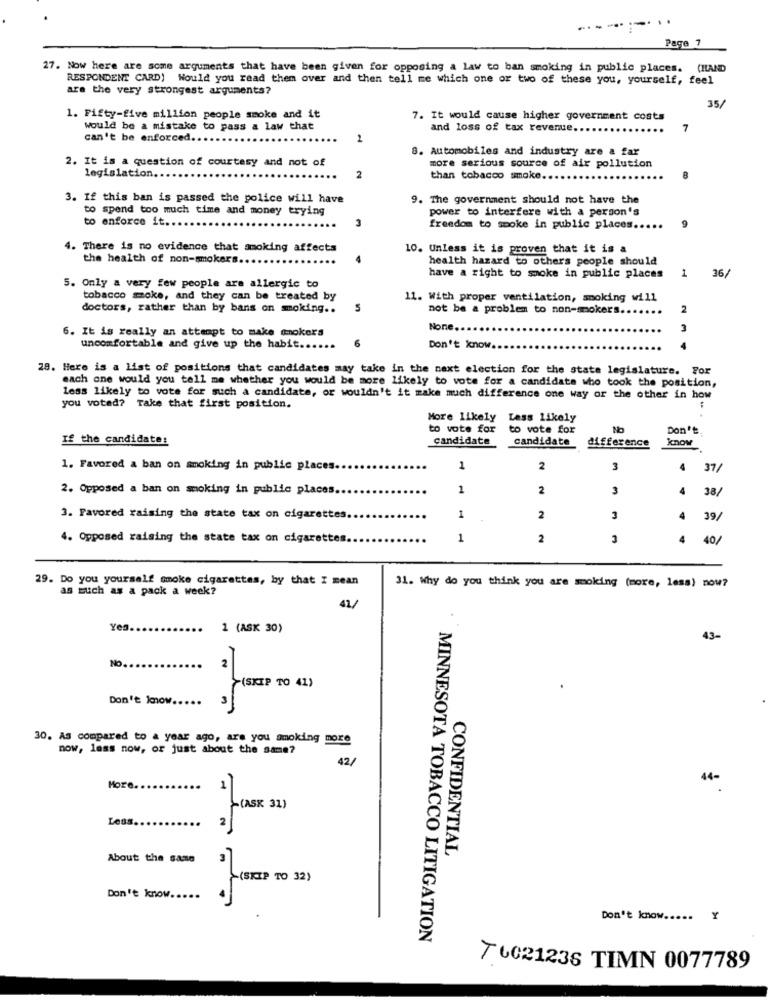
Page 7
27. Now here are some arguments that have been given for opposing a law to ban smoking in public places.
CHAND
RESPONDENT CARD) Would you read them over and then tell me which one or two of these you, yourself, feel
are the very strongest arguments?
35/
1. Fifty-five million people smoke and it
7. It would cause higher government costs
would be a mistake to pass a law that
and loss of tax revenue ..
7
can't be enforced ..
2
8. Automobiles and industry are & far
2. It is a question of courtesy and not of
more serious source of air pollution
legislation.
2
than tobacco smoke.
3. If this ban is passed the police will have
9. The government should not have the
to spend too much time and money trying
power to interfere with a person's
to enforce it ..
freedom to smoke in public places ..... 9
4. There is no evidence that smoking affects
10. Unless it is proven that it is a
the health of non-smokers.
health hazard to others people should
have a right to smoke in public places
16/
5. Only a very few people are allergic to
tobacco moke, and they can be treated by
11. With proper ventilation, smoking will
doctors, rather than by bans on smoking ..
S
not be a problem to non-smokers.
2
6. It is really an attempt to make smokers
None.
6
uncomfortable and give up the habit ....
Don't know
28. Here is a list of positions that candidates may take in the next election for the state legislature. For
each one would you tell me whether you would be more likely to vote for a candidate who took the position,
less likely to vote for such a candidate, or wouldn't it make much difference one way or the other in how
:
you voted? Take that first position.
More likely Less likely
to vote for
to vote for
No
Don't
If the candidate:
candidate
candidate
difference
know
1. Favored & ban on smoking in public places.
1
2
3
4
37/
2. Opposed a ban on smoking in public places.
1
2
3
4
38
3. Favored raising the state tax on cigarettes.
1
2
3
4
39/
4. Opposed raising the state tax on cigarettes.
1
2
3
4
40/
29. Do you yourself smoke cigarettes, by that I mean
as much as a pack a week?
31. Why do you think you are smoking (more, less) now?
Yes.
1 (ASK 30)
43-
No.
2
(SKIP TO 41)
.
Don't low ..
3
30. As compared to a year ago, are you smoking more
now, lass now, or just about the same?
42/
More. ..
1
4-
(ASK 31)
Less.
2
About the same
CONFIDENTIAL
(SKIP TO 32)
Don't know ...
Don't know ..... Y
MINNESOTA TOBACCO LITIGATION
7 6021236 TIMN 0077789